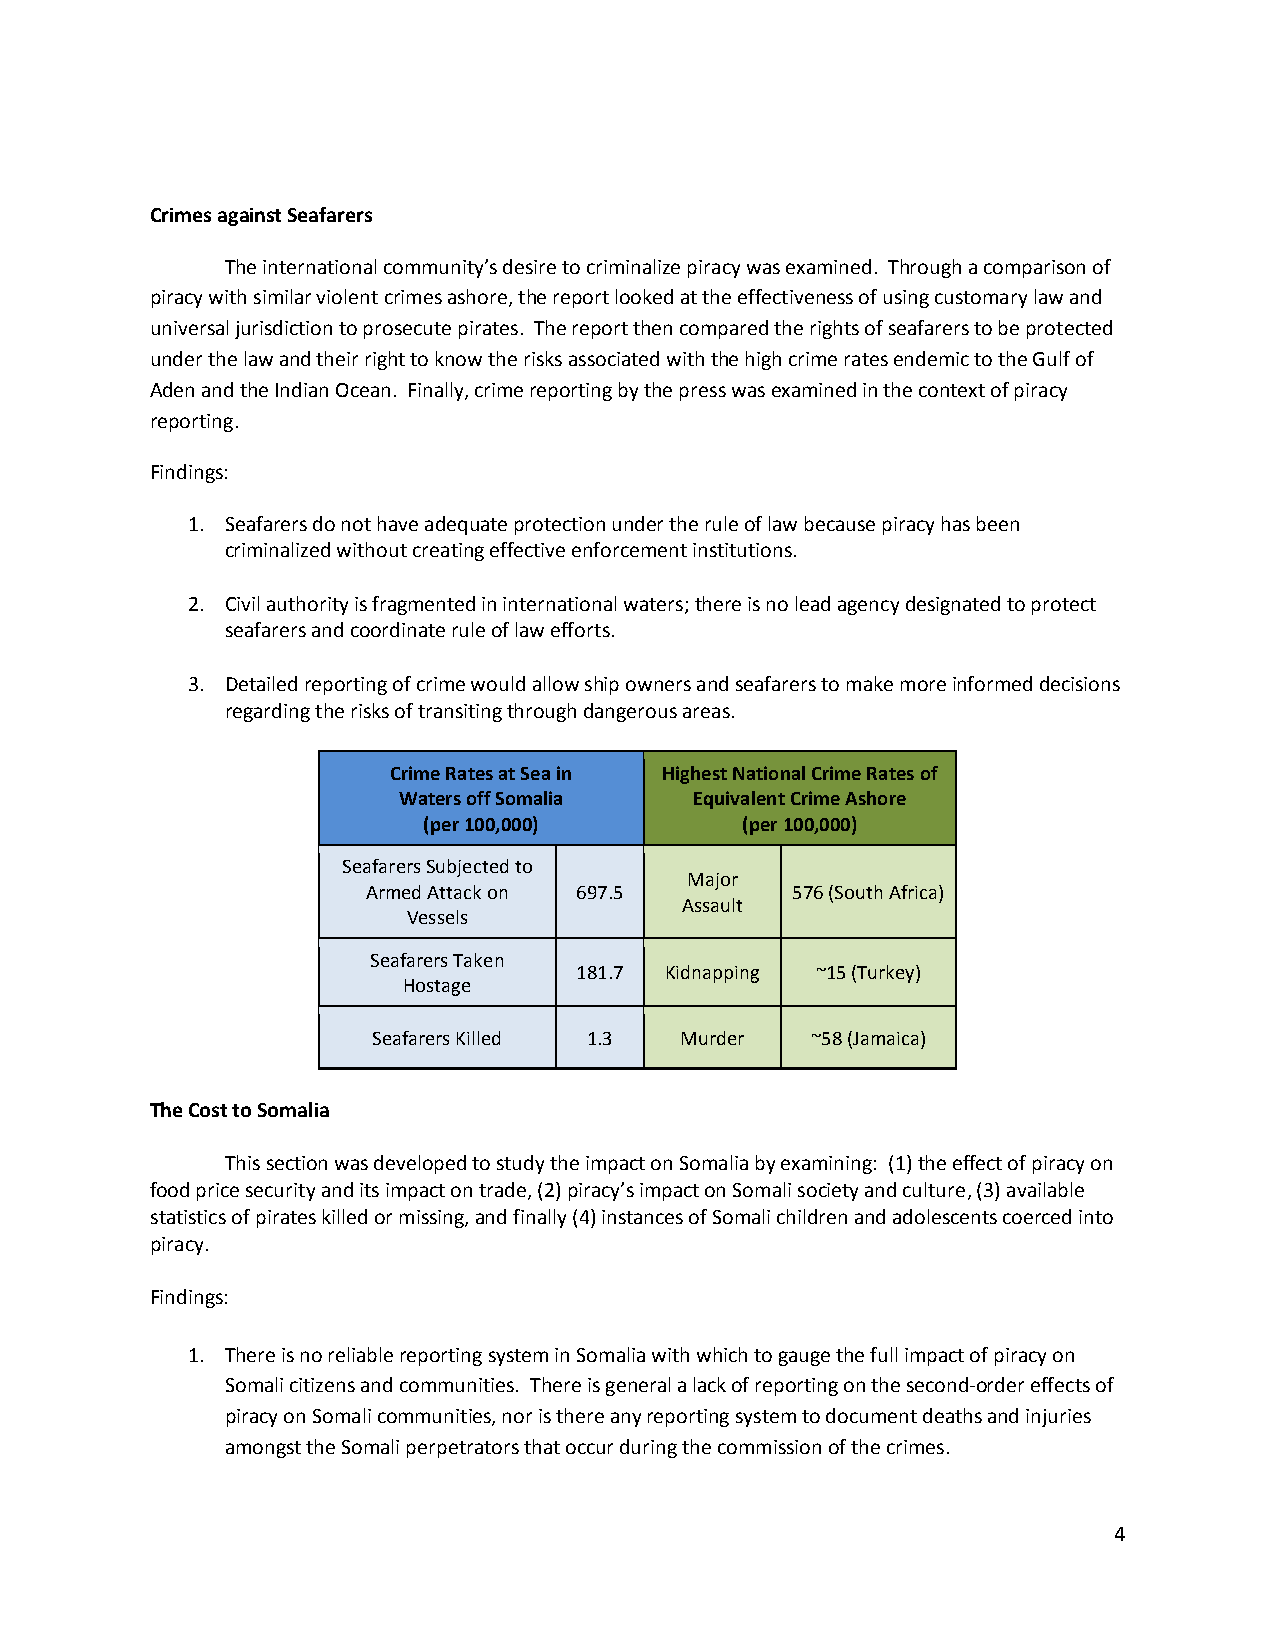
Crimes against Seafarers
 The international community’s desire to criminalize piracy was examined. Through a comparison of
 piracy with similar violent crimes ashore, the report looked at the effectiveness of using customary law and
 universal jurisdiction to prosecute pirates. The report then compared the rights of seafarers to be protected
 under the law and their right to know the risks associated with the high crime rates endemic to the Gulf of
 Aden and the Indian Ocean. Finally, crime reporting by the press was examined in the context of piracy
 reporting.
 Findings:
 1. Seafarers do not have adequate protection under the rule of law because piracy has been
 criminalized without creating effective enforcement institutions.
 2. Civil authority is fragmented in international waters; there is no lead agency designated to protect
 seafarers and coordinate rule of law efforts.
 3. Detailed reporting of crime would allow ship owners and seafarers to make more informed decisions
 regarding the risks of transiting through dangerous areas.
 Crime Rates at Sea in Highest National Crime Rates of
 Waters off Somalia  Equivalent Crime Ashore
 (per 100,000)        (per 100,000)
 Seafarers Subjected to
 Major
 Armed Attack on 697.5       576 (South Africa)
 Assault
 Vessels
 Seafarers Taken
 181.7 Kidnapping ~15 (Turkey)
 Hostage
 Seafarers Killed 1.3 Murder  ~58 (Jamaica)
 The Cost to Somalia
 This section was developed to study the impact on Somalia by examining: (1) the effect of piracy on
 food price security and its impact on trade, (2) piracy’s impact on Somali society and culture, (3) available
 statistics of pirates killed or missing, and finally (4) instances of Somali children and adolescents coerced into
 piracy.
 Findings:
 1. There is no reliable reporting system in Somalia with which to gauge the full impact of piracy on
 Somali citizens and communities. There is general a lack of reporting on the second-order effects of
 piracy on Somali communities, nor is there any reporting system to document deaths and injuries
 amongst the Somali perpetrators that occur during the commission of the crimes.
 4